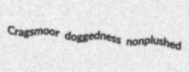
Cragsmoor doggedness nonplushed